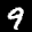
Label: 9